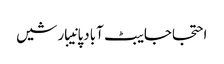
احتجاجایبٹ آبادپانیبارشیں